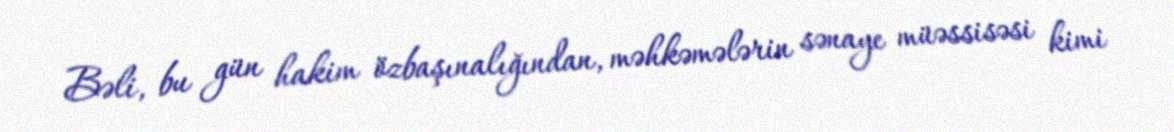
Bəli, bu gün hakim özbaşınalığından, məhkəmələrin sənaye müəssisəsi kimi